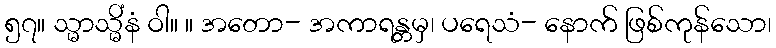
၅၇။ သ္မာသ္မိံနံ ဝါ။ ။ အတော- အကာရန္တမှ၊ ပရေသံ- နောက် ဖြစ်ကုန်သော၊